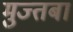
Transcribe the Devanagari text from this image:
मुज्तबा